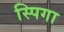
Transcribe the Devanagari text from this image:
स्पिगा